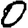
Digit: 0